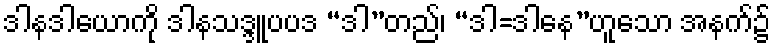
ဒါနဒါယောကို ဒါနသဒ္ဒူပပဒ “ဒါ”တည်၊ “ဒါ=ဒါနေ”ဟူသော အနက်၌